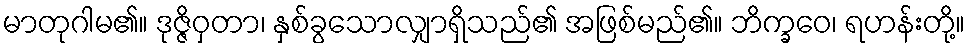
မာတုဂါမ၏။ ဒုဇ္ဇိဝှတာ၊ နှစ်ခွသောလျှာရှိသည်၏ အဖြစ်မည်၏။ ဘိက္ခဝေ၊ ရဟန်းတို့။